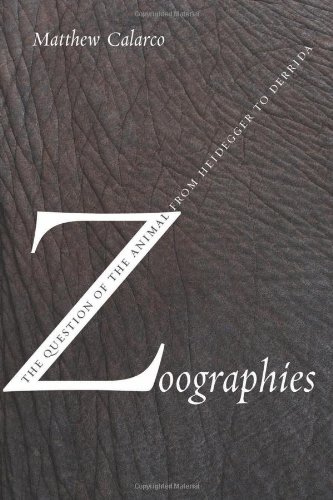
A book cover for Zoographies: The Question of the Animal from Heidegger to Derrida; Matthew Calarco; Science & Math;